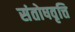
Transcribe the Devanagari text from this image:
संतोषवृत्ति